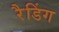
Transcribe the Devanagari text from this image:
रैडिंग